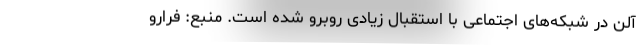
آلن در شبکه‌های اجتماعی با استقبال زیادی روبرو شده است. منبع: فرارو